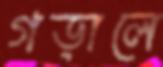
গড়ালে